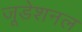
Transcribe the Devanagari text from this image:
जूडेशनल